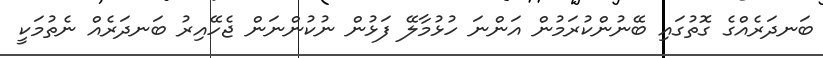
ބަނދަރެއްގެ ގޮތުގައި ބޭނުންކުރަމުން އަންނަ ހުޅުމާލޭ ފަޅުން ނުކުންނަން ޖެހޭއިރު ބަނދަރެއް ނެތުމަކީ